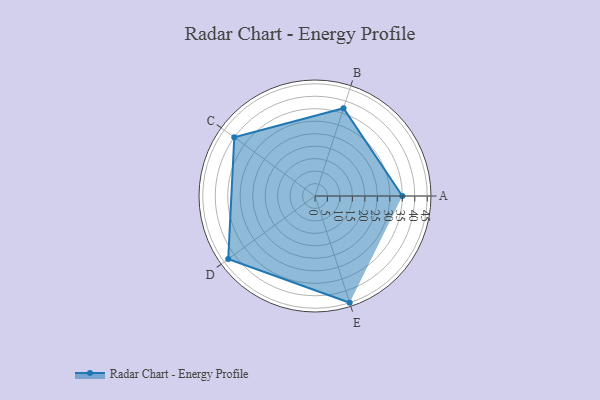
{"axis": {"x": "Skill", "y": "Score"}, "legend": ["Profile"], "data": [{"x": "A", "y": 35.0, "type": "Profile"}, {"x": "B", "y": 37.0, "type": "Profile"}, {"x": "C", "y": 40.0, "type": "Profile"}, {"x": "D", "y": 43.0, "type": "Profile"}, {"x": "E", "y": 45.0, "type": "Profile"}]}